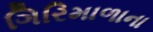
ગિરિમાળાના